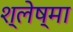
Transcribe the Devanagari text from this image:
श्‍लेष्‍मा